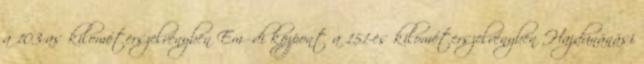
a 103-as kilométerszelvényben Emődi központ a 151-es kilométerszelvényben Hajdúnánási